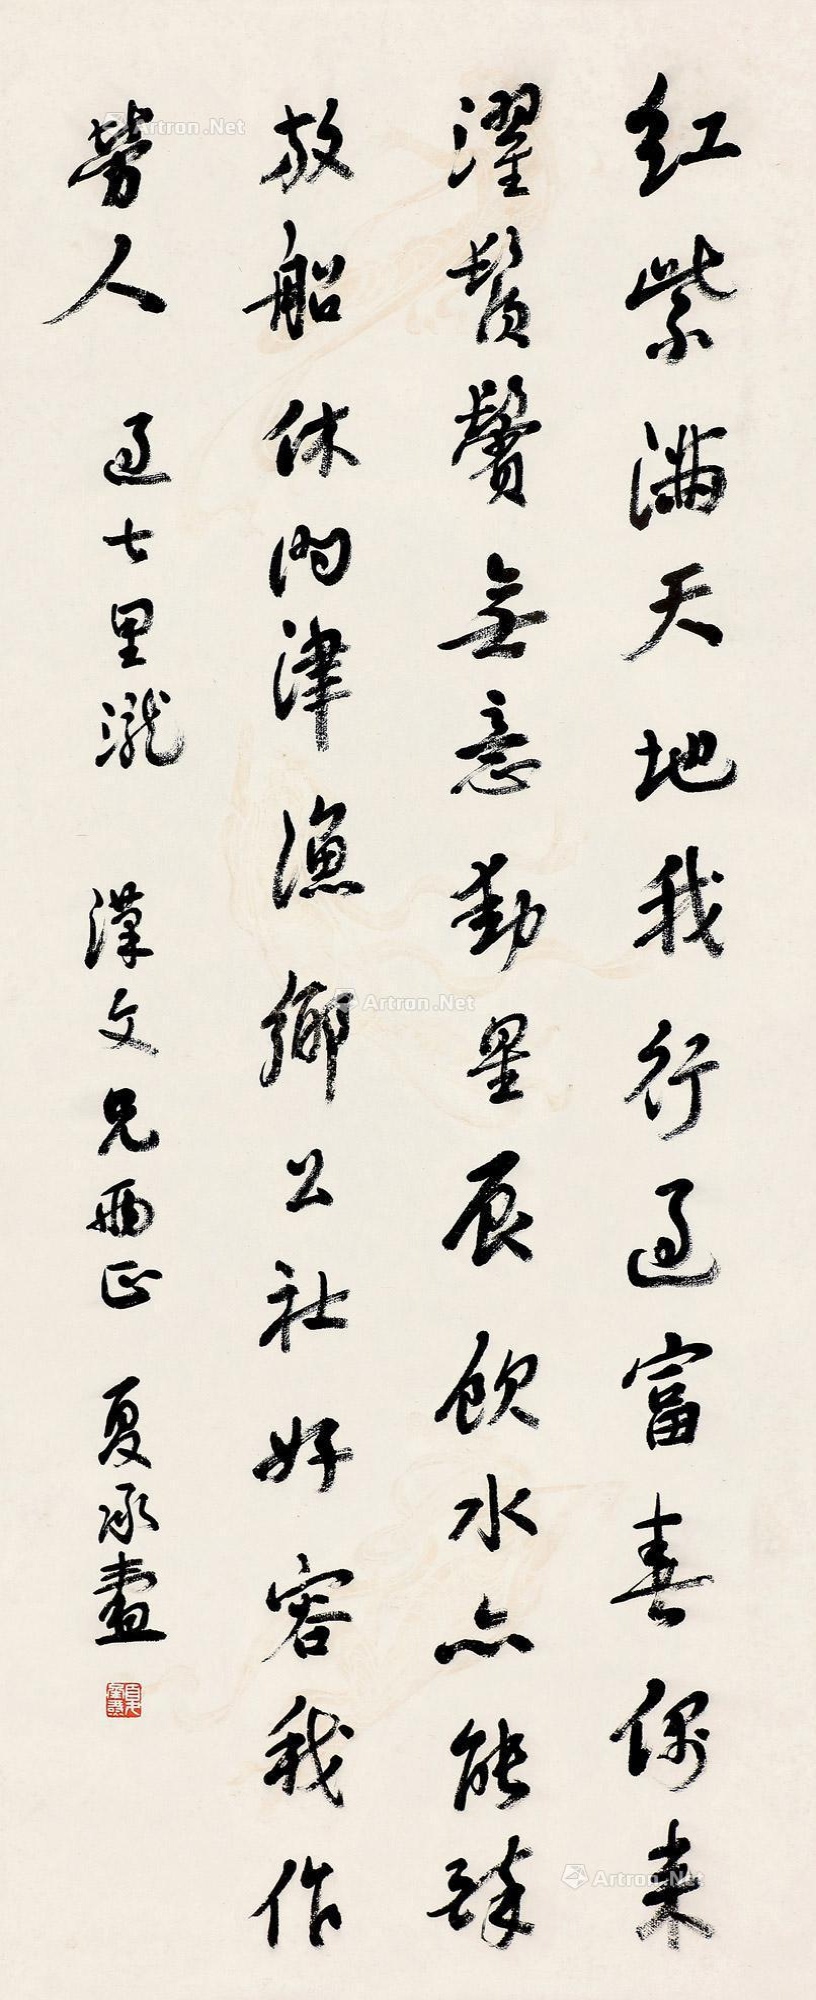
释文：红紫满天地，我行过富春。偶来濯须鬓，无意动星辰。饮水亦能醉，放船休问津。渔乡公社好，容我作劳人。过七里泷，汉文兄两正，夏承焘。